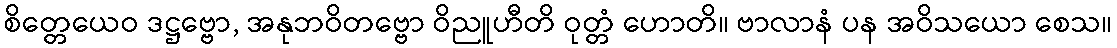
စိတ္တေယေဝ ဒဋ္ဌဗ္ဗော, အနုဘဝိတဗ္ဗော ဝိညူဟီတိ ဝုတ္တံ ဟောတိ။ ဗာလာနံ ပန အဝိသယော စေသ။